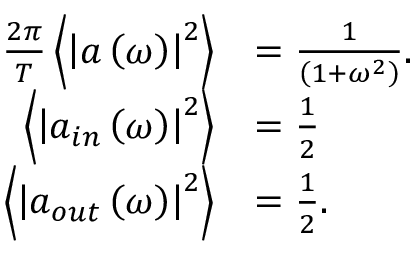
\begin{array} { r l } { \frac { 2 \pi } { T } \left\langle \left| a \left( \omega \right) \right| ^ { 2 } \right\rangle } & { = \frac { 1 } { \left( 1 + \omega ^ { 2 } \right) } . } \\ { \left\langle \left| a _ { i n } \left( \omega \right) \right| ^ { 2 } \right\rangle } & { = \frac { 1 } { 2 } } \\ { \left\langle \left| a _ { o u t } \left( \omega \right) \right| ^ { 2 } \right\rangle } & { = \frac { 1 } { 2 } . } \end{array}